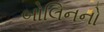
બોલિનનો